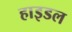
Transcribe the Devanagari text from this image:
हाइडल